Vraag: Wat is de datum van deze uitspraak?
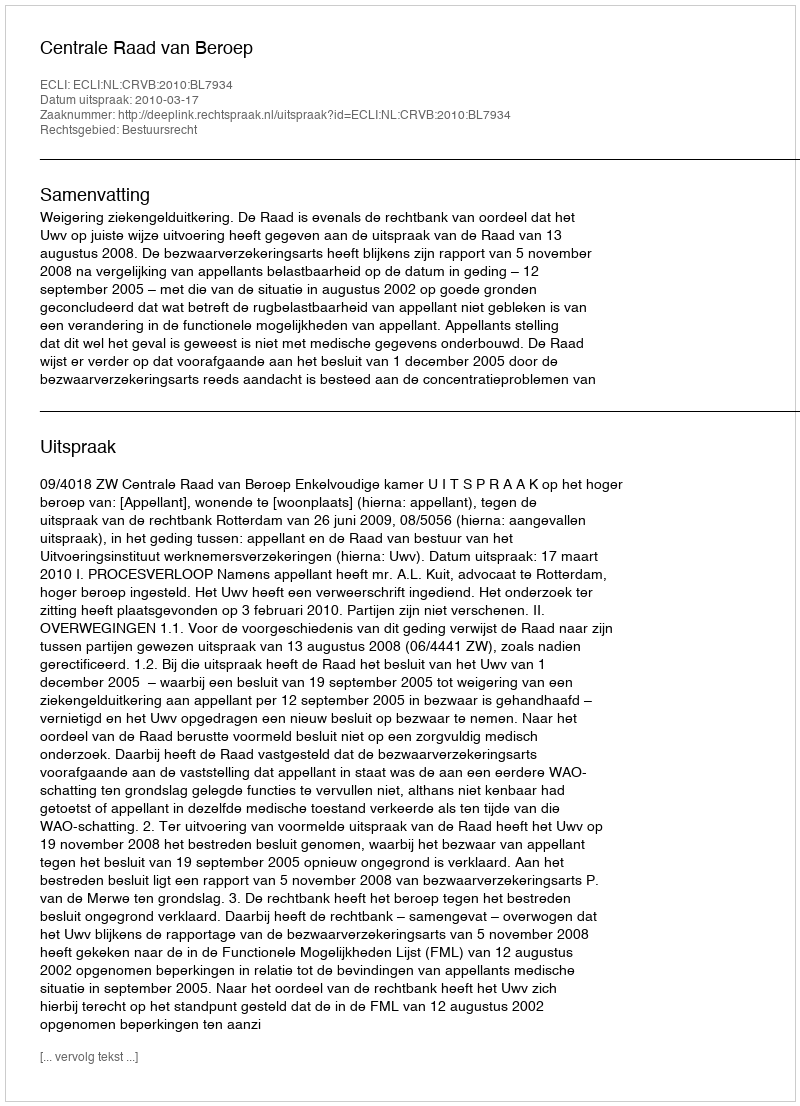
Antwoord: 2010-03-17